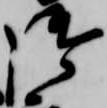
御